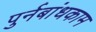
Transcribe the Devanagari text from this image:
पुर्नबांधकाम